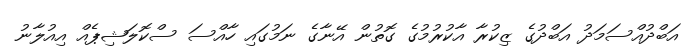
އަބްދުއްސަމަދު އަބްދުގެ ޒިކުރާ އާކުރުމުގެ ގޮތުން އޭނާގެ ނަމުގައި ހާއްސަ ސްކޮލަޝިޕެއް އިއުލާނު